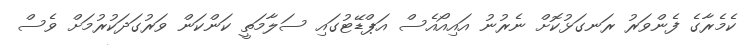
ކެމެރާގެ ފެންވަރު ރަނގަޅުކޮށް ނެރުނު އައިއޯއެސް އަޕްޑޭޓުގައި ސަލާމަތީ ކަންކަން ވަރުގަދަކުރުމަށް ވެސް